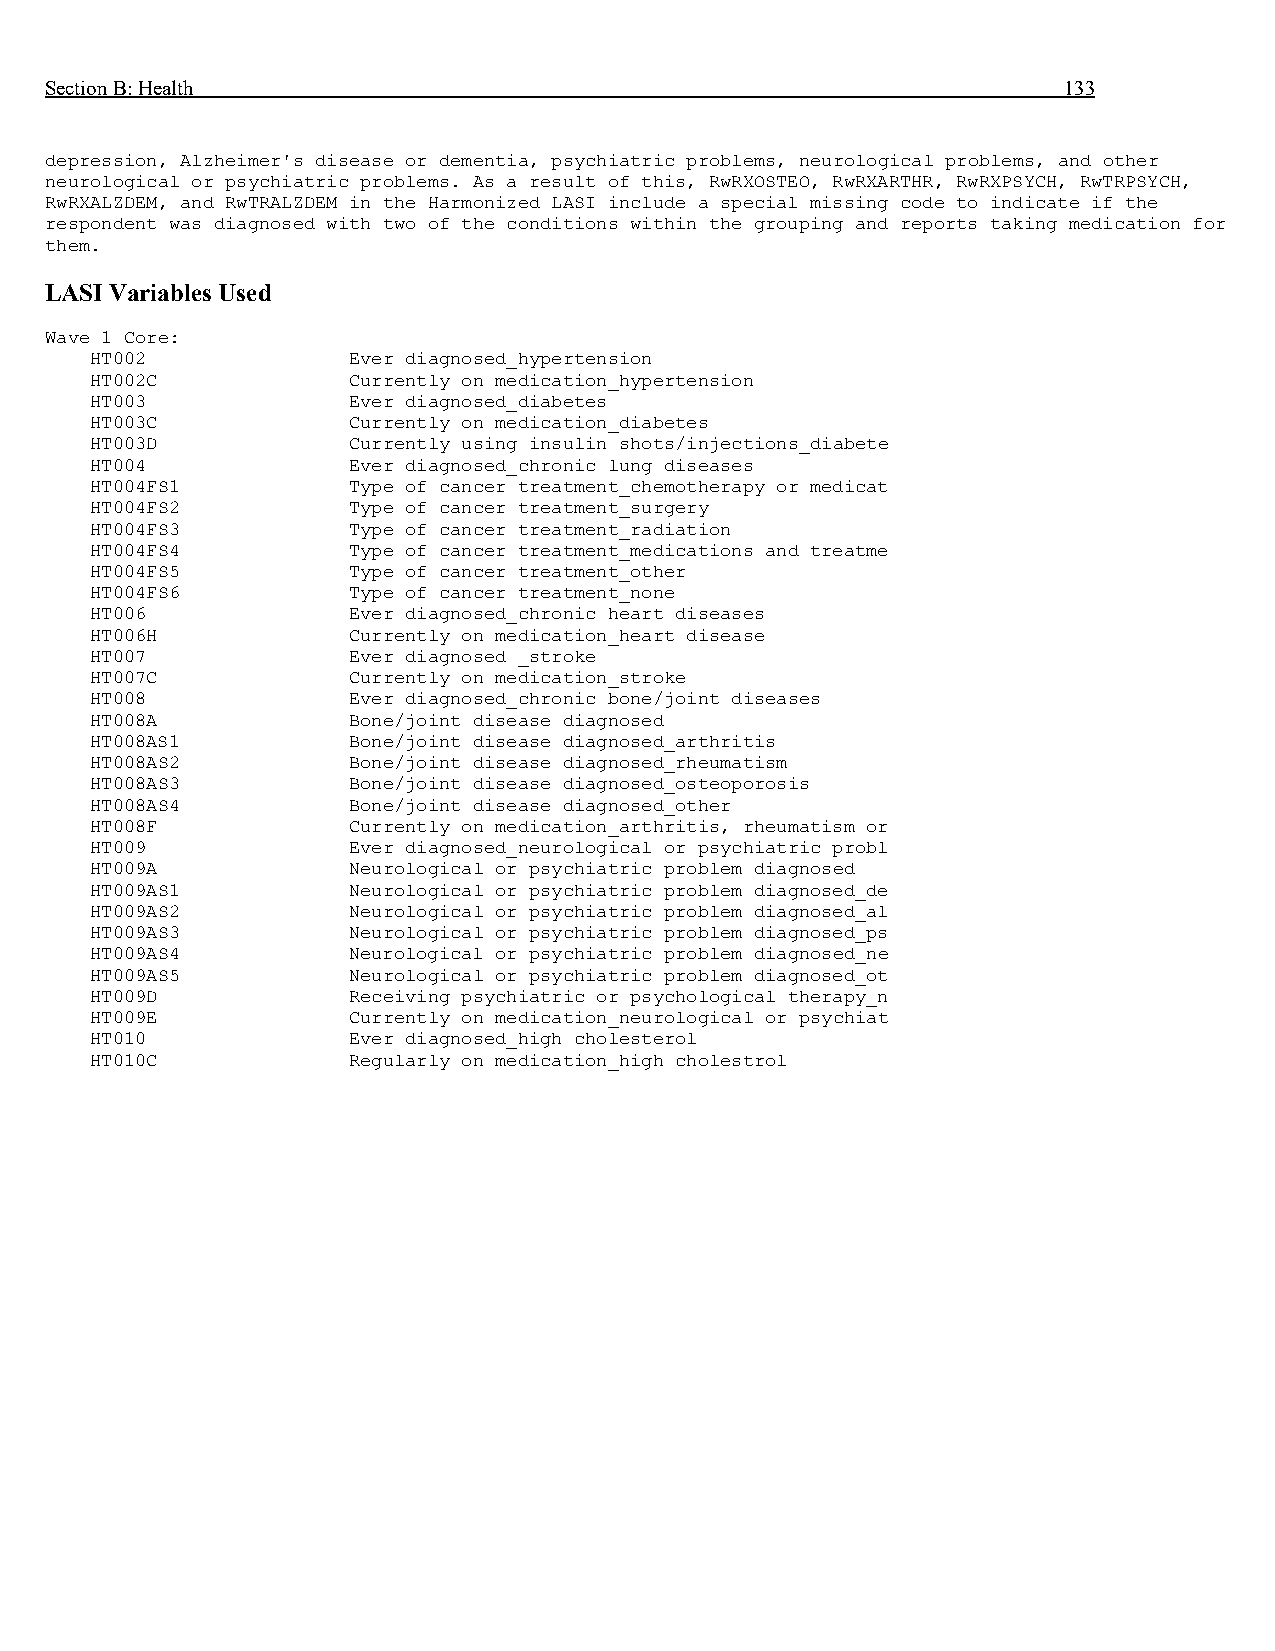
Section B: Health                                                  133
 depression, Alzheimer's disease or dementia, psychiatric problems, neurological problems, and other
 neurological or psychiatric problems. As a result of this, RwRXOSTEO, RwRXARTHR, RwRXPSYCH, RwTRPSYCH,
 RwRXALZDEM, and RwTRALZDEM in the Harmonized LASI include a special missing code to indicate if the
 respondent was diagnosed with two of the conditions within the grouping and reports taking medication for
 them.
 LASI Variables Used
 Wave 1 Core:
 HT002            Ever diagnosed_hypertension
 HT002C           Currently on medication_hypertension
 HT003            Ever diagnosed_diabetes
 HT003C           Currently on medication_diabetes
 HT003D           Currently using insulin shots/injections_diabete
 HT004            Ever diagnosed_chronic lung diseases
 HT004FS1         Type of cancer treatment_chemotherapy or medicat
 HT004FS2         Type of cancer treatment_surgery
 HT004FS3         Type of cancer treatment_radiation
 HT004FS4         Type of cancer treatment_medications and treatme
 HT004FS5         Type of cancer treatment_other
 HT004FS6         Type of cancer treatment_none
 HT006            Ever diagnosed_chronic heart diseases
 HT006H           Currently on medication_heart disease
 HT007            Ever diagnosed _stroke
 HT007C           Currently on medication_stroke
 HT008            Ever diagnosed_chronic bone/joint diseases
 HT008A           Bone/joint disease diagnosed
 HT008AS1         Bone/joint disease diagnosed_arthritis
 HT008AS2         Bone/joint disease diagnosed_rheumatism
 HT008AS3         Bone/joint disease diagnosed_osteoporosis
 HT008AS4         Bone/joint disease diagnosed_other
 HT008F           Currently on medication_arthritis, rheumatism or
 HT009            Ever diagnosed_neurological or psychiatric probl
 HT009A           Neurological or psychiatric problem diagnosed
 HT009AS1         Neurological or psychiatric problem diagnosed_de
 HT009AS2         Neurological or psychiatric problem diagnosed_al
 HT009AS3         Neurological or psychiatric problem diagnosed_ps
 HT009AS4         Neurological or psychiatric problem diagnosed_ne
 HT009AS5         Neurological or psychiatric problem diagnosed_ot
 HT009D           Receiving psychiatric or psychological therapy_n
 HT009E           Currently on medication_neurological or psychiat
 HT010            Ever diagnosed_high cholesterol
 HT010C           Regularly on medication_high cholestrol